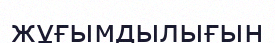
жұғымдылығын